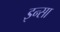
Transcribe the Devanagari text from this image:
इन्सा